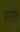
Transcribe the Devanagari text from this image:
ग्वो